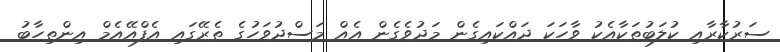
ސަރުކާރާއި ކުލަބުތަކާއެކު ވާހަކަ ދައްކައިގެން މަދުވެގެން އެއް މަސްދުވަހުގެ ތެރޭގައި އެފްއޭއެމް އިންތިހާބު